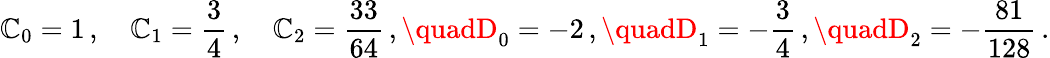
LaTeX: \mathbb{C}_{0}=1\, ,\quad\mathbb{C}_{1}=\frac{{3}}{{4}}\, ,\quad\mathbb{C}_{2}=\frac{{33}}{{64}}\, ,\quadD_{0}=-2\, ,\quadD_{1}=-\frac{{3}}{{4}}\, ,\quadD_{2}=-\frac{{81}}{{128}}\, .